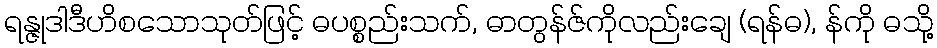
ရန္ဇုဒါဒီဟိစသောသုတ်ဖြင့် ဓပစ္စည်းသက်, ဓာတွန်ဇ်ကိုလည်းချေ (ရန်ဓ), န်ကို ဓသို့